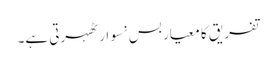
تفریق کا معیار بس نسوار ٹھہرتی ہے۔